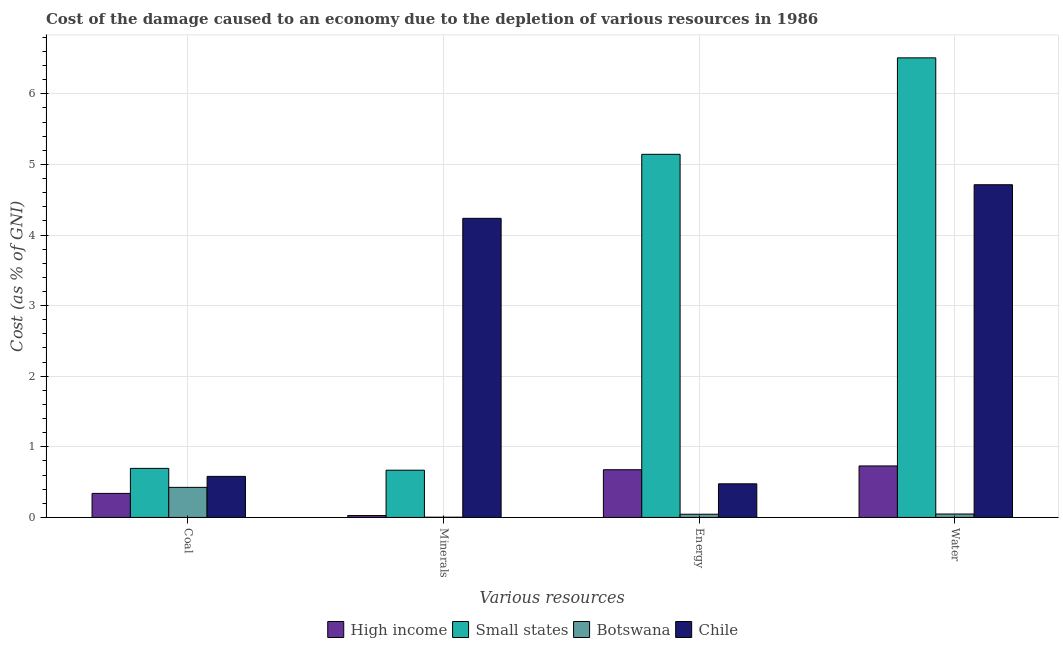
| Various resources | High income | Small states | Botswana | Chile |
 | --- | --- | --- | --- | --- |
 | Coal | 0.34 | 0.695 | 0.426 | 0.581 |
 | Minerals | 0.0268 | 0.669 | 0.00309 | 4.24 |
 | Energy | 0.676 | 5.14 | 0.0454 | 0.476 |
 | Water | 0.729 | 6.51 | 0.0485 | 4.71 |